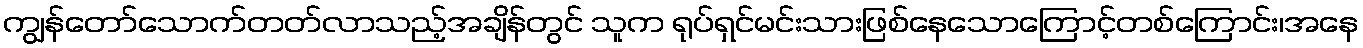
ကျွန်တော်သောက်တတ်လာသည့်အချိန်တွင် သူက ရုပ်ရှင်မင်းသားဖြစ်နေသောကြောင့်တစ်ကြောင်း၊အနေ